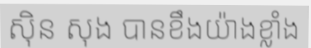
ស៊ិន សុង បានខឹងយ៉ាងខ្លាំង